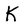
Character: K